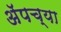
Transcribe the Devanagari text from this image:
अॅपच्या